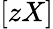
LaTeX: [zX]